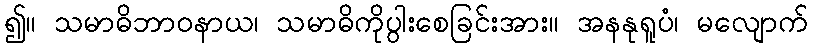
၍။ သမာဓိဘာဝနာယ၊ သမာဓိကိုပွါးစေခြင်းအား။ အနနုရူပံ၊ မလျောက်